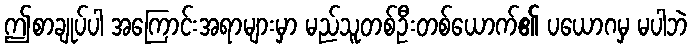
ဤစာချုပ်ပါ အကြောင်းအရာများမှာ မည်သူတစ်ဦးတစ်ယောက်၏ ပယောဂမှ မပါဘဲ